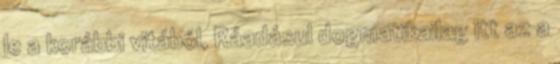
le a korábbi vitából, Ráadásul dogmatikailag itt az a